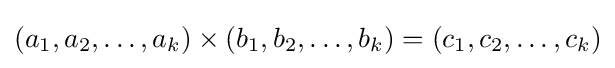
(a_{1},a_{2},\dots ,a_{k})\times (b_{1},b_{2},\dots ,b_{k})=(c_{1},c_{2},\dots ,c_{k})